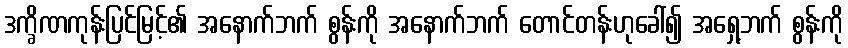
ဒက္ခိဏကုန်းပြင်မြင့်၏ အနောက်ဘက် စွန်းကို အနောက်ဘက် တောင်တန်းဟုခေါ်၍ အရှေ့ဘက် စွန်းကို